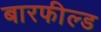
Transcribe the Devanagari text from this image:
बारफील्ड